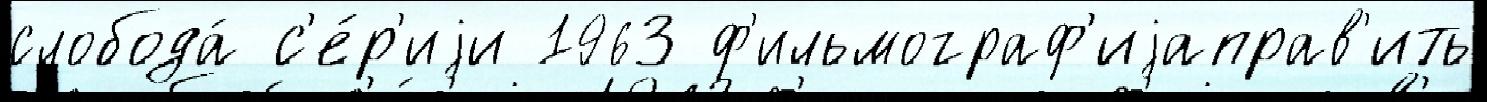
слобода́ с'е́р'иjи 1963 ф'ильмограф'иjаправ'ить